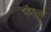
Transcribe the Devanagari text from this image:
पर्देयुक्त